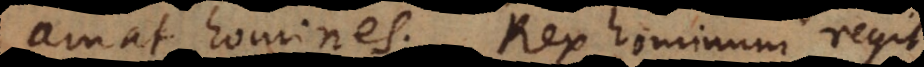
amat homines. Rex hominum regit